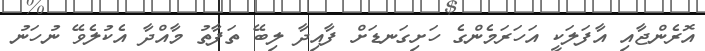
އޮރެންޖާއި އާފަލަކީ އަހަރަމެންގެ ހަށިގަނޑަށް ފާއިދާ ލިބޭ ތަފާތު މާއްދާ އެކުލެވޭ ނުހަނު